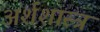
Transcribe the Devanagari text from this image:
अर्शशास्त्र